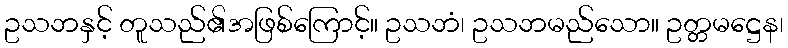
ဥသဘနှင့် တူသည်၏အဖြစ်ကြောင့်။ ဥသဘံ၊ ဥသဘမည်သော။ ဥတ္တမဋ္ဌေန၊